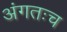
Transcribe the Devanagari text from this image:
अंगतःच